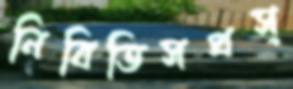
নিবিতিসপ্রস্